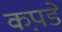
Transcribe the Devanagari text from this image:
कप़डे